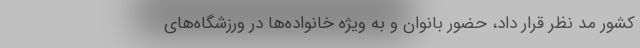
کشور مد نظر قرار داد، حضور بانوان و به ویژه خانواده‌ها در ورزشگاه‌های